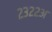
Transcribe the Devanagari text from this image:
२३२२अ